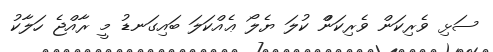
ސަޅި ވެރިކަން ވެރިކަންް ކުލަ ޔެލޯ ޢެއްކަލަ ބައިގަނޑު މީ ރާއްޖެ ހަލާކު